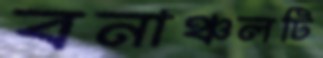
বনাঞ্চলটি